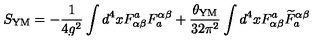
S _ { \mathrm { Y M } } = - \frac { 1 } { 4 g ^ { 2 } } \int d ^ { 4 } x F _ { \alpha \beta } ^ { a } F _ { a } ^ { \alpha \beta } + \frac { \theta _ { \mathrm { Y M } } } { 3 2 \pi ^ { 2 } } \int d ^ { 4 } x F _ { \alpha \beta } ^ { a } { \widetilde { F } } _ { a } ^ { \alpha \beta }